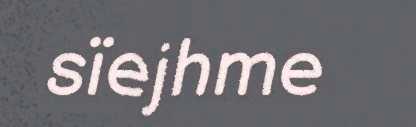
sïejhme